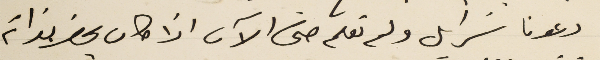
دعونا سَرايل ولم نعلم حتى الآن اذا كان يحضر بذاته